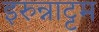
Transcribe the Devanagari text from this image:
इरुन्नाट्टम